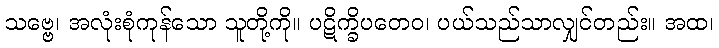
သဗ္ဗေ၊ အလုံးစုံကုန်သော သူတို့ကို။ ပဋိက္ခိပတေဝ၊ ပယ်သည်သာလျှင်တည်း။ အထ၊